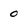
Character: 0